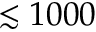
\lesssim 1 0 0 0